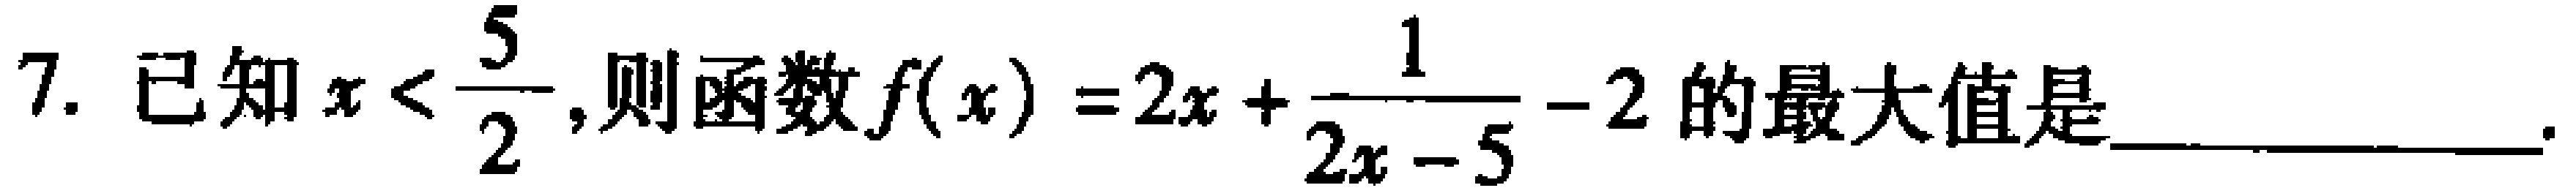
7. 已知\(x < \dfrac{5}{2}\)，则函数\(f(x)=2x+\dfrac{1}{2x - 5}-2\)的最大值是  。